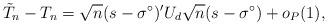
LaTeX: \begin{align*}\tilde T_n - T_n = \sqrt{n} (s - \sigma^\circ)' U_d \sqrt{n} (s - \sigma^\circ) + o_P(1), \end{align*}